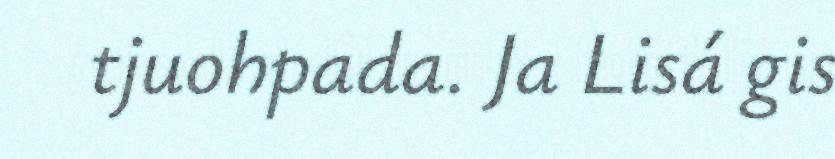
tjuohpada. Ja Lisá gis